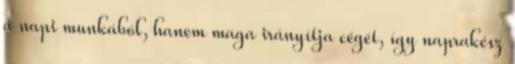
a napi munkából, hanem maga irányítja cégét, így naprakész